Vaccination in Bombay 1924-1928 - 1924-1928
Year: 1924
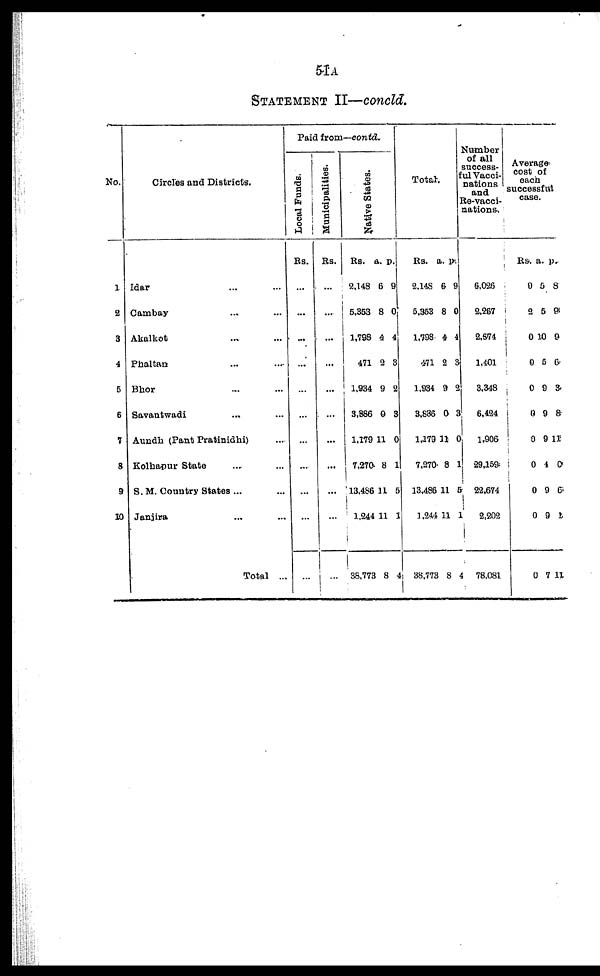
51A
STATEMENT II—concld.
No.
1
2
3
4
5
6
7
8
9
10
Circles and Districts.
Idar ... ...
Cambay ... ...
Akalkot
... ...
Phaltan ... ...
Bhor ... ...
Savantwadi ... ...
Aundh (Pant Pratinidhi) ...
Kolhapur State ... ...
S. M. Country States ... ...
Janjira ... ...
Total ...
Paid from—contd.
Local Funds.
Rs.
...
...
...
...
...
...
...
...
...
...
...
Municipalities.
Rs.
...
...
...
...
...
...
...
...
...
...
...
Native States.
Rs.
2,148
5,353
1,798
471
1,934
3,386
1,179
7,270
13,486
1,244
38,773
a.
66
8
4
3
9
0
11
8
11
11
8
p.
9
0
4
3
2
3
0
1
5
1
4
Total.
Rs.
2,148
5,363
1,798
471
1,934
3,836
1,479
7,270
13,486
1,244
38,773
a.
6
8
4
2
9
0
11
8
11
11
8
p.
9
0
4
3
2
3
0
1
5
1
4
Number
of all
success-
ful Vacci¬
nations
and
Re-vacci¬
nations.
6,026
2,267
2,574
1,401
3,348
6,424
1,906
29,159
22,674
2,202
78,081
Average
cost of
each
successful
case.
Rs.
0
3
0
0
0
0
0
0
0
0
0
a.
5
5
10
5
9
9
9
4
9
9
7
p.
8
9
9
6
3
8
11
0
6
1
11